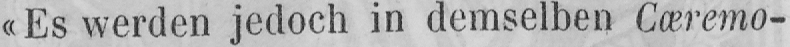
«Es werden jedoch in demselben Cæremo-